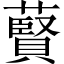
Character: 藖